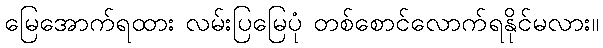
မြေအောက်ရထား လမ်းပြမြေပုံ တစ်စောင်လောက်ရနိုင်မလား။